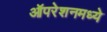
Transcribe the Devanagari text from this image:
ऑपरेशनमध्ये